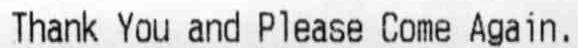
THANK YOU AND PLEASE COME AGAIN.